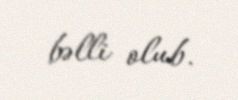
bəlli olub.